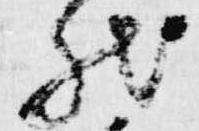
然